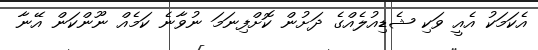
އެކަމަކު އެއީ ވަކި ޝެޑިއުލެއްގެ ދަށުން ކޮށްފިނަމަ ނުވާނެ ކަމެއް ނޫންކަން އޭނާ